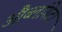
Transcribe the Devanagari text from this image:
औब्लांगेटा